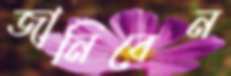
জানিবেন